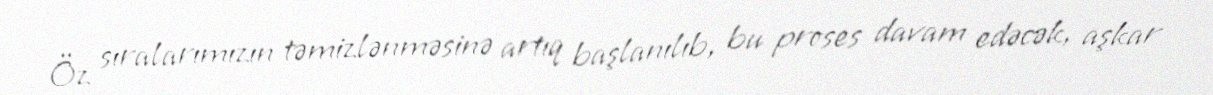
Öz sıralarımızın təmizlənməsinə artıq başlanılıb, bu proses davam edəcək, aşkar